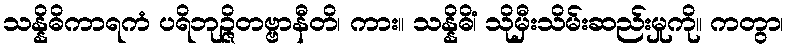
သန္နိဓိကာရကံ ပရိဘုဉ္ဇိတဗ္ဗာနီတိ၊ ကား။ သန္နိဓိံ၊ သိုမှီးသိမ်းဆည်းမှုကို။ ကတွာ၊